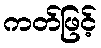
ကတ်ဖြင့်